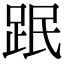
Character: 䟨